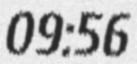
09:56